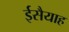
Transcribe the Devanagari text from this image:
ईसैयाह